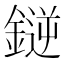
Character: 𫒼